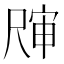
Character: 𰎀